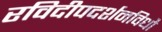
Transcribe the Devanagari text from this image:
रविदीपदर्शनविधौ